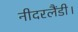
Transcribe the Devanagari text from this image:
नीदरलैंडी।